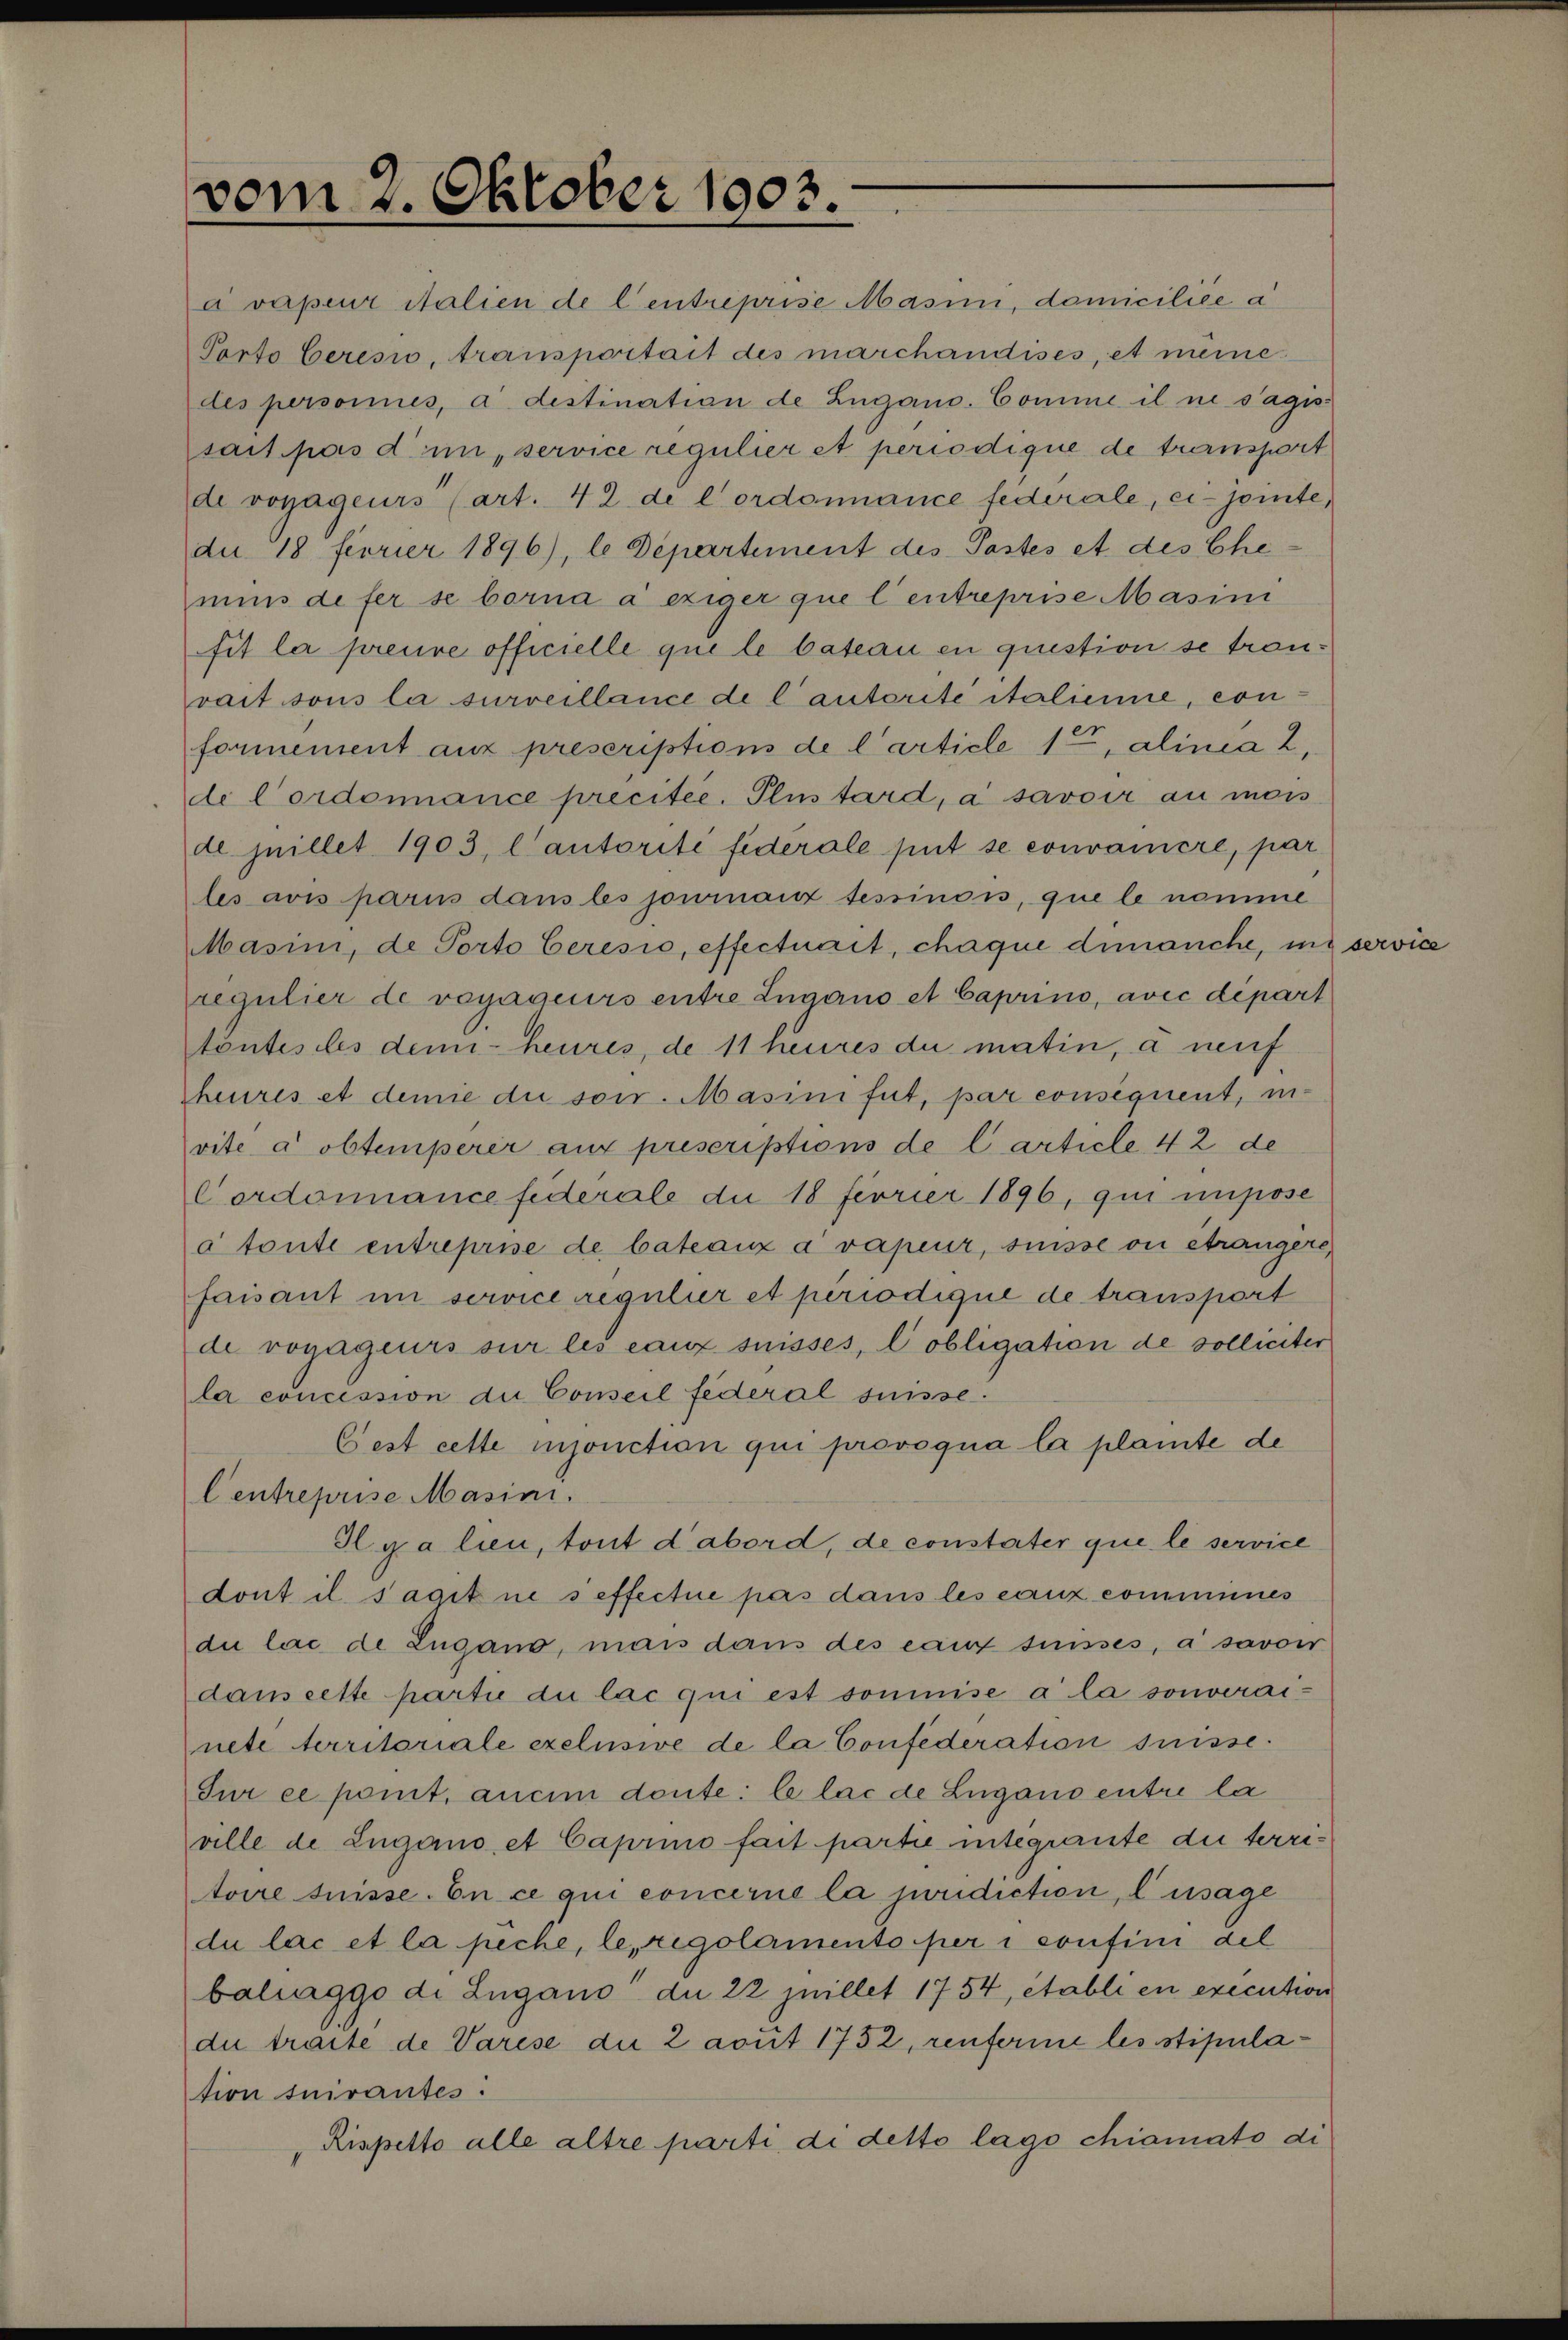
vom 2. Oktober 1903.
à vapeur italien de l'entreprise Masini, domiciliée à
Porto Ceresio, transportait des marchandises, et même
des personnes, à destination de Lugano. Comme il ne s'agis¬
sait pas d'un "service régulier et périodique de transport
de voyageurs" (art. 42 de l'ordonnance fédérale, ci-jointe,
du 18 février 1896), le Département des Postes et des Che¬
mins de fer se borna à exiger que l'entreprise Masini
fît la preuve officielle que le bateau en question se trou¬
vait sous la surveillance de l'autorité italienne, con¬
formément aux prescriptions de l'article 1er, alinéa 2,
de l'ordonnance précitée. Plus tard, à savoir au mois
de juillet 1903, l'autorité fédérale put se convaincre, par
les avis parus dans les journaux tessinois, que le nommé
Masini, de Porto Ceresio, effectuait, chaque dimanche, un service
régulier de voyageurs entre Lugano et Caprino, avec départ
toutes les demi-heures, de 11 heures du matin, à neuf
heures et demie du soir. Masini fut, par conséquent, in¬
vité à obtempérer aux prescriptions de l'article 42 de
l'ordonnance fédérale du 18 février 1896, qui impose
à toute entreprise de bateaux à vapeur, suisse ou étrangère,
faisant un service régulier et périodique de transport
de voyageurs sur les eaux suisses, l'obligation de solliciter
la concession du Conseil fédéral suisse.
C'est cette injonction qui provoqua la plainte de
l'entreprise Masini.
Il y a lieu, tout d'abord, de constater que le service
dont il s'agit ne s'effectue pas dans les eaux communes
du lac de Lugano, mais das des eaux suisses, à savoir
dans cette partie du lac qui est soumise à la souverai¬
neté territoriale exclusive de la Confédération suisse.
Sur ce point, aucun doute: le lac de Lugano entre la
ville de Lugano et Caprino fait partie intégrante du terri¬
toire suisse. En ce qui concerne la juridiction, l'usage
du lac et la pêche, le "regolamento per i confini del
baliaggo di Lugano" du 22 juillet 1754, établi en exécution
du traité de Varese du 2 août 1752, renferme les stipula¬
tion suivantes:
"Rispetto alle altre parti di detto lago chiamato di